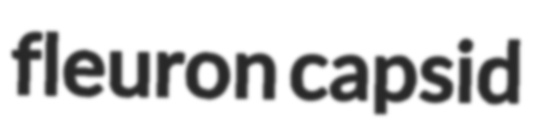
fleuron capsid